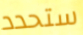
ستحدد